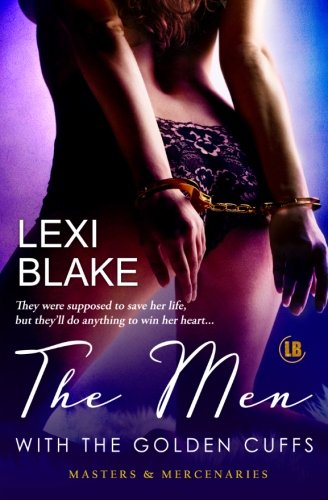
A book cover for The Men with the Golden Cuffs, Masters and Mercenaries, Book 2 (Volume 2); Lexi Blake; Romance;